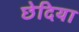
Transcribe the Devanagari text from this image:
छेदिया